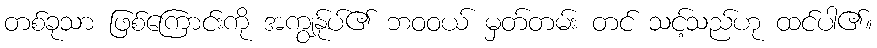
တစ်ခုသာ ဖြစ်ကြောင်းကို အကျွန်ုပ်၏ ဘဝဝယ် မှတ်တမ်း တင် သင့်သည်ဟု ထင်ပါ၏။